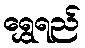
ရွှေရည်